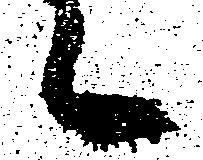
々